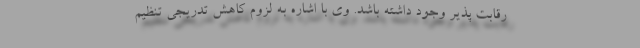
رقابت پذیر وجود داشته باشد. وی با اشاره به لزوم کاهش تدریجی تنظیم